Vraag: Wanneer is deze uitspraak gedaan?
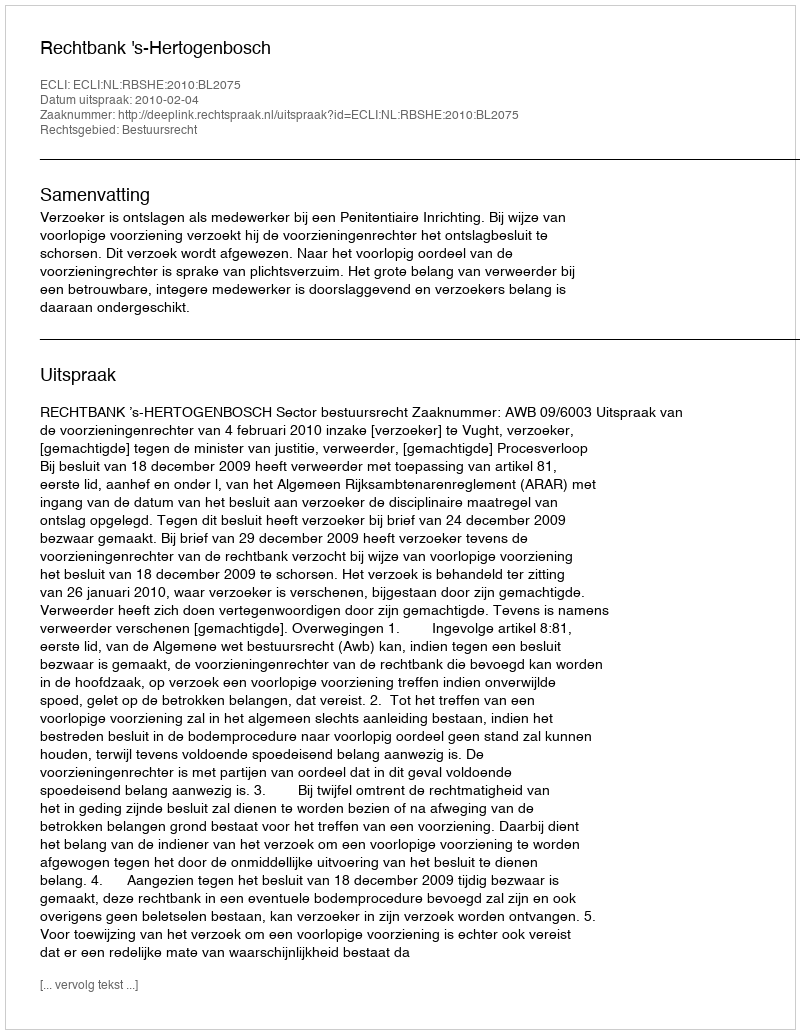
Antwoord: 2010-02-04